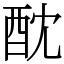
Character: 酖